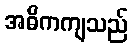
အဓိကကျသည်